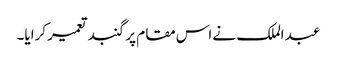
عبد الملک نے اس مقام پر گنبد تعمیر کرایا۔